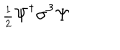
{ \scriptstyle \frac { 1 } { 2 } } \Psi ^ { \dagger } \sigma ^ { 3 } \Psi